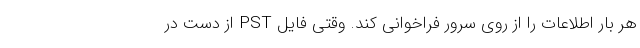
هر بار اطلاعات را از روی سرور فراخوانی کند. وقتی فایل PST از دست دَر